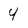
Character: 4